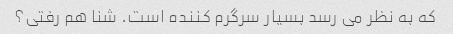
که به نظر می رسد بسیار سرگرم کننده است. شنا هم رفتی؟